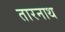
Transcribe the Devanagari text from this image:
तारनाथ